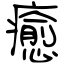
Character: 癒